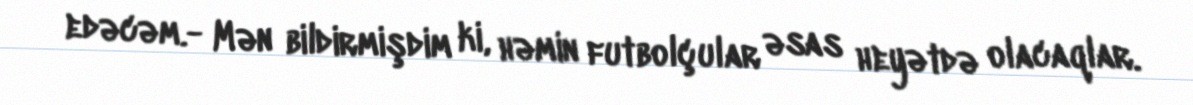
edəcəm.- Mən bildirmişdim ki, həmin futbolçular əsas heyətdə olacaqlar.